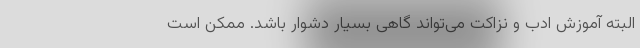
البته آموزش ادب و نزاکت می‌تواند گاهی بسیار دشوار باشد. ممکن است